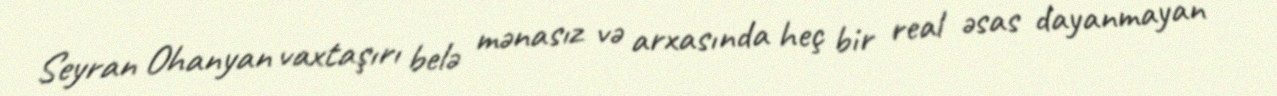
Seyran Ohanyan vaxtaşırı belə mənasız və arxasında heç bir real əsas dayanmayan